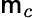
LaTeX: \mathsf{m}_{c}